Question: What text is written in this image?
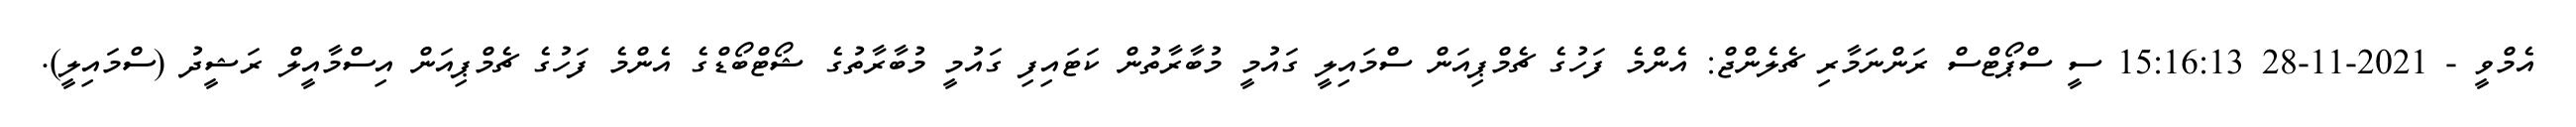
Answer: އެމްވީ - 2021-11-28 15:16:13 ސީ ސްޕޯޓްސް ރަންނަމާރި ޗެލެންޖް: އެންމެ ފަހުގެ ޗެމްޕިއަން ސްމައިލީ ގައުމީ މުބާރާތުން ކަޓައިފި ގައުމީ މުބާރާތުގެ ޝޯޓްބޯޑްގެ އެންމެ ފަހުގެ ޗެމްޕިއަން އިސްމާއީލް ރަޝީދު (ސްމައިލީ).